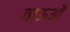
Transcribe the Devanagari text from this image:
ताऊओं